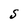
Character: S